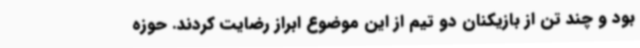
بود و چند تن از بازیکنان دو تیم از این موضوع ابراز رضایت کردند. حوزه